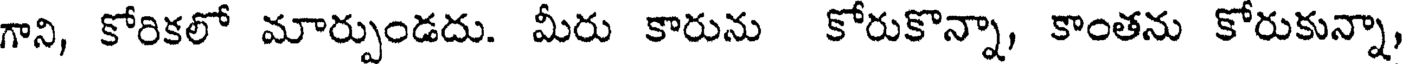
గాని, కోరికలో మార్పుండదు. మీరు కారును కోరుకొన్నా, కాంతను కోరుకున్నా,